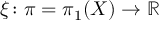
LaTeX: \xi \colon \pi = \pi _ { 1 } ( X ) \to \mathbb { R }